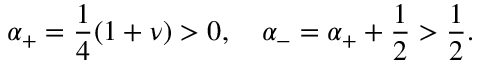
\alpha _ { + } = \frac { 1 } { 4 } ( 1 + \nu ) > 0 , \quad \alpha _ { - } = \alpha _ { + } + \frac { 1 } { 2 } > \frac { 1 } { 2 } .